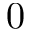
0